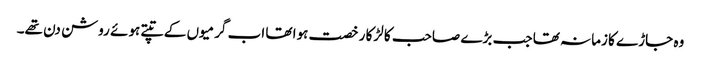
وہ جاڑے کا زمانہ تھا جب بڑے صاحب کا لڑکا رخصت ہوا تھا اب گرمیوں کے تپتے ہوئے روشن دن تھے۔